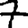
Digit: 7